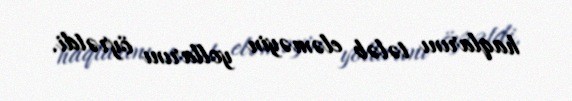
haqlarını tələb eləməyin yollarını öyrətdi.